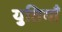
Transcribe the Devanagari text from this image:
युतियाँ